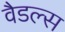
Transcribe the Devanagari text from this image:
वैडल्स